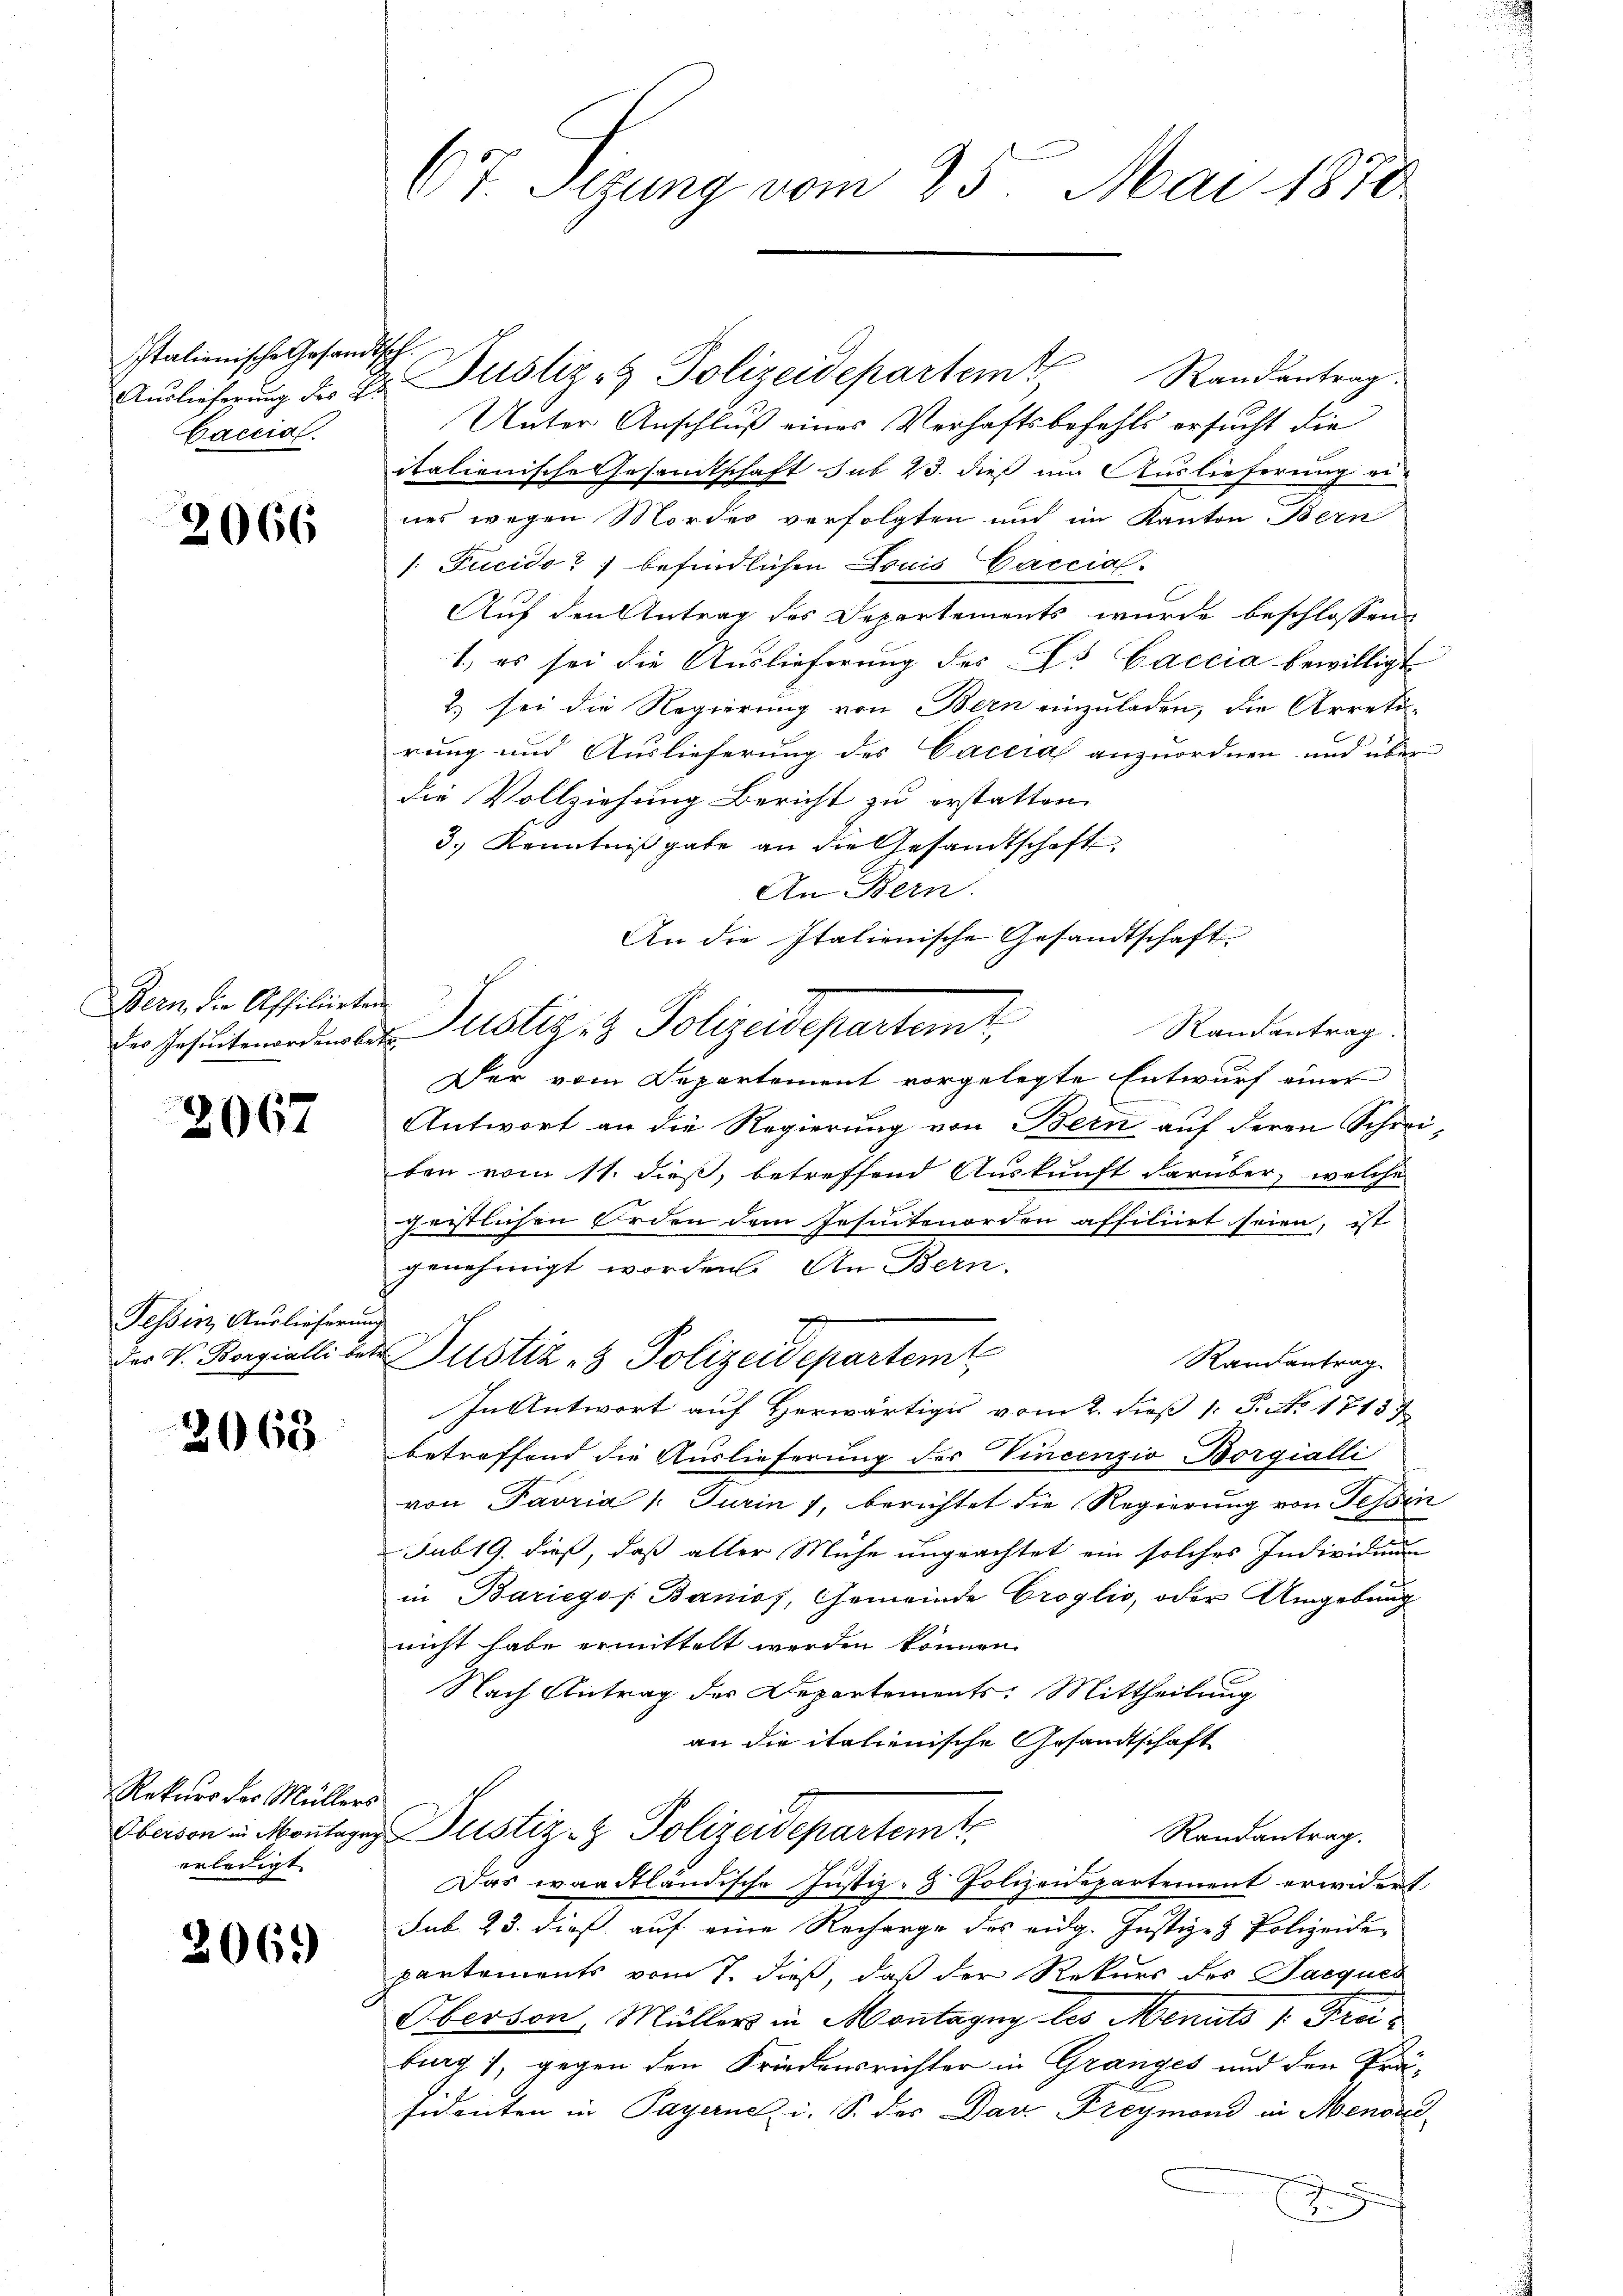
Italienische Gesandtsch
Caccisl.

2066

Bern, die Affiliirten
des Insuitenordensb

2067

Tessin Auslieferung
des V. Borgialli be-

2068

Rekurs der Müllers
Oberson in Montagn
erledigt

2069

67. Sezung vom 25. Mai 1870

Aŭslieferung des Hr. Justiz- & Polizeidepartem Randantrag.
Unter Anschluß eines Verhaftsbefehls ersucht die
italienische Gesandtschaft sub 23. dieß um Auslieferung eines wegen Mordes verfolgten und im Kanton Bern
1. Fucido?] befindlichen Louis Caccia.
Auf den Antrag des Departements wurde beschlossen
1., es sei die Auslieferung des Dr Caccia bewilligt
2.) sei die Regierung von Bern einzuladen, die Arreti-
rung und Auslieferung des Caccia anzuordnen und über
die Vollziehung Bericht zu erstatten.
3.) Kenntnißgabe an die Gesandtschaft
An Bern.
An die Italienische Gesandtschaft.
Randantrag
.
Der vom Departement vorgelegte Entwurf einer
Antwort an die Regierung von Bern auf deren Schreiben vom 11. dieß, betreffend Auskunft darüber, welche
geistlichen Orden dem Jesintenorden affiliirt seien, ist
genehmigt worden. An Bern.
Justiz- & Polizeidepartemb
Randantrag.
In Antwort auf Herwärtiges vom 2. dieß 1: P. No. 17157
betreffend die Auslieferung des Vincenzio Borgialli
von Favria /: Turin 7, berichtet die Regierung von Tessin
Jub 19. dieß, daß aller Mühe ungeachtet ein solches Individung
in Bariegss Baniof, Gemeinde Croglio, oder Umgebung
nicht habe ermittelt werden können.
Nach Antrag der Departements: Mittheilung
an die italienische Gesandtschaft
Justiz- & Polizeidepartamts
Randantrag.
Das waadtländische Justiz- & Polizeidepartement erwidert:
Jub. 23. dieß auf eine Recharge des eidg. Justiz- & Polizeide
pantements vom 7. dieß, daß der Rekurs des Jacques
Oberson, Müllers in Montagny les Menuts v. Freiburg), gegen den Friedensrichter in Granzes und den Präsidenten in Payerne i. S. des Dar Freymond in Menon
.

Justiziz Polizeidepartamt,

.